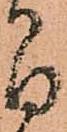
間